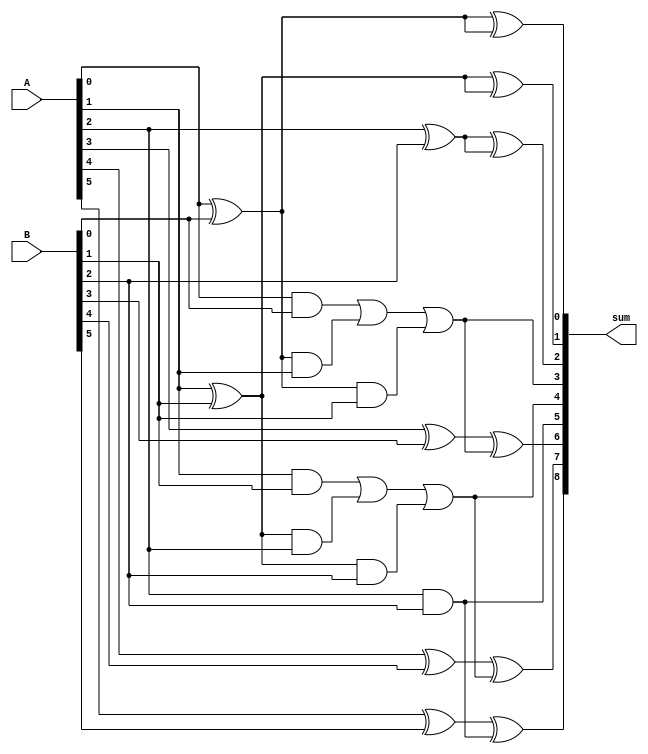
module carry_select_lookahead_adder (
    input [7:0] A, 
    input [7:0] B, 
    output reg [8:0] sum
);

reg [8:0] c0, c1, c2;
reg [8:0] g0, g1, g2;

// Arithmetic blocks
assign g0 = A[0] & B[0];
assign g1 = A[1] & B[1];
assign g2 = A[2] & B[2];

assign c0 = A[0] ^ B[0];
assign c1 = A[1] ^ B[1];
assign c2 = A[2] ^ B[2];

// Carry-select technique
always @(*) begin
    sum[0] = A[0] ^ B[0] ^ c0;
    sum[1] = A[1] ^ B[1] ^ c1;
    sum[2] = A[2] ^ B[2] ^ c2;

    // Carry-lookahead technique
    sum[3] = g0 | (c0 & A[1]) | (c0 & B[1]);
    sum[4] = g1 | (c1 & A[2]) | (c1 & B[2]);
    sum[5] = g2;

    // Final sum calculation
    sum[6] = A[3] ^ B[3] ^ sum[3];
    sum[7] = A[4] ^ B[4] ^ sum[4];
    sum[8] = A[5] ^ B[5] ^ sum[5];
end

endmodule